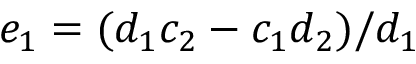
e _ { 1 } = ( d _ { 1 } c _ { 2 } - c _ { 1 } d _ { 2 } ) / d _ { 1 }